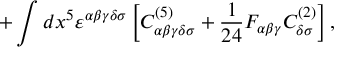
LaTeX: + \int d x ^ { 5 } \varepsilon ^ { \alpha \beta \gamma \delta \sigma } \left[ C _ { \alpha \beta \gamma \delta \sigma } ^ { ( 5 ) } + { \frac { 1 } { 2 4 } } F _ { \alpha \beta \gamma } C _ { \delta \sigma } ^ { ( 2 ) } \right] ,